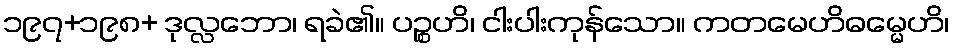
၁၉၇+၁၉၈+ ဒုလ္လဘော၊ ရခဲ၏။ ပဉ္စဟိ၊ ငါးပါးကုန်သော။ ကတမေဟိဓမ္မေဟိ၊